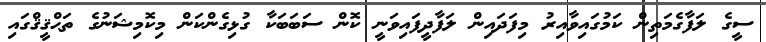
ސީގެ ލަފާގެމަތިން ކަމުގައިވާއިރު މިފަދައިން ލަފާދީފައިވަނީ ކޮން ސަބަބަކާ ގުޅިގެންކަން މިކޮމިޝަނުގެ ތަޙްޤީޤްގައި